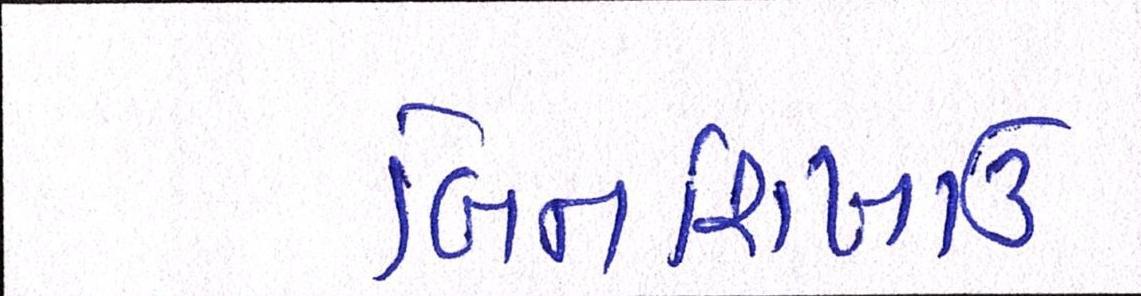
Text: બિનશિખાઉ